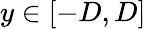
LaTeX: y\in[-D,D]